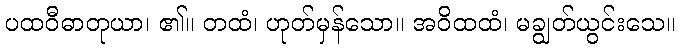
ပထဝီဓာတုယာ၊ ၏။ တထံ၊ ဟုတ်မှန်သော။ အဝိထထံ၊ မချွတ်ယွင်းသေ။